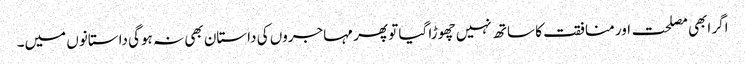
اگر ابھی مصلحت اور منافقت کا ساتھ نہیں چھوڑا گیا تو پھر مہاجروں کی داستان بھی نہ ہوگی داستانوں میں۔